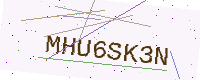
Text: MHU6SK3N